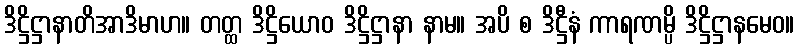
ဒိဋ္ဌိဋ္ဌာနာတိအာဒိမာဟ။ တတ္ထ ဒိဋ္ဌိယောဝ ဒိဋ္ဌိဋ္ဌာနာ နာမ။ အပိ စ ဒိဋ္ဌီနံ ကာရဏမ္ပိ ဒိဋ္ဌိဋ္ဌာနမေဝ။